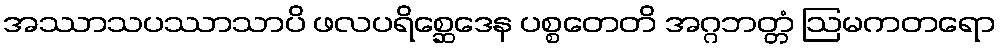
အဿာသပဿာသာပိ ဖလပရိစ္ဆေဒေန ပစ္စတေတိ အဂ္ဂဘတ္တံ ဩမကတရော